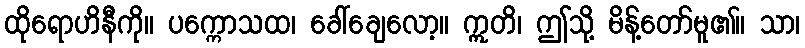
ထိုရောဟိနီကို။ ပက္ကောသထ၊ ခေါ်ချေလော့။ ဣတိ၊ ဤသို့ မိန့်တော်မူ၏။ သာ၊